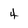
Character: 4